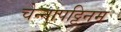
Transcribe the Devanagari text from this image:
चेन्नापट्टिनम